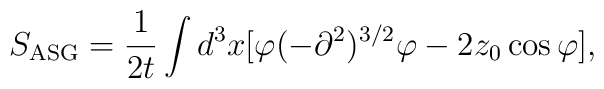
S_{\rm ASG}=\frac{1}{2t}\int d^3 x[\varphi(-\partial^2)^{3/2}\varphi-2z_0\cos \varphi],